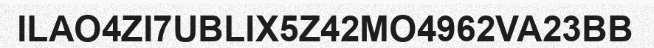
ILAO4ZI7UBLIX5Z42MO4962VA23BB